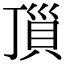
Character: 𧵜